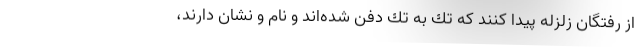
از رفتگان زلزله پيدا كنند كه تك به تك دفن شده‌اند و نام و نشان دارند،